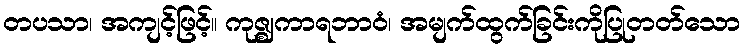
တပသာ၊ အကျင့်ဖြင့်။ ကုဇ္ဈကာရဘာဝံ၊ အမျက်ထွက်ခြင်းကိုပြုတတ်သော